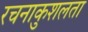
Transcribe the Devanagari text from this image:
रचनाकुशलता